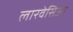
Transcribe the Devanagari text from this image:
लारवेसिआ